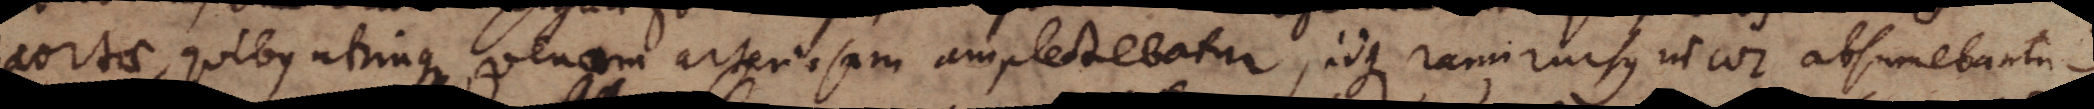
aortae, quibus utrinque venam arteriosam amplectebatur, iique rami rursus in cor absumebantur